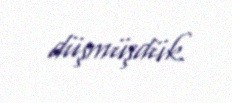
düşmüşdük.